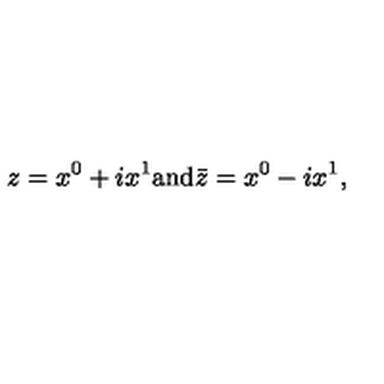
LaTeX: z = x ^ { 0 } + i x ^ { 1 } \mathrm { a n d } \bar { z } = x ^ { 0 } - i x ^ { 1 } ,